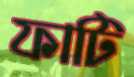
ফাটি